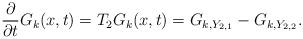
LaTeX: \begin{align*}\frac{\partial}{\partial t} G_k(x,t) = T_2 G_k(x,t) = G_{k,Y_{2,1}} - G_{k,Y_{2,2}}.\end{align*}